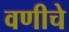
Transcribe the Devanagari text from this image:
वणीचे